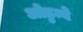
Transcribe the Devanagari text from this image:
ओडुम्बे